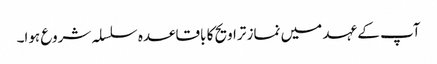
آپ کے عہد میں نماز تراویح کا باقاعدہ سلسلہ شروع ہوا۔